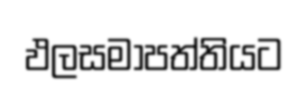
ඵලසමාපත්තියට